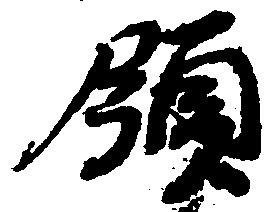
領